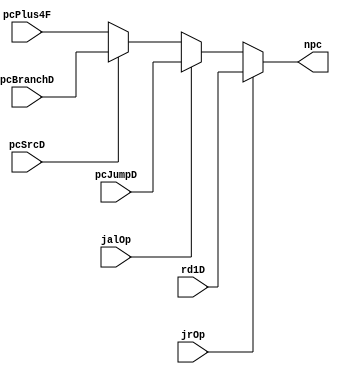
`timescale 1ns / 1ps
//////////////////////////////////////////////////////////////////////////////////
// Company: 
// Engineer: 
// 
// Design Name: 
// Module Name:    npc 
// Project Name: 
// Target Devices: 
// Tool versions: 
// Description: 
//
// Dependencies: 
//
// Revision: 
// Revision 0.01 - File Created
// Additional Comments: 
//
//////////////////////////////////////////////////////////////////////////////////
module npc(
    input [31:0] pcPlus4F,
    input [31:0] pcBranchD,
    input pcSrcD,
    input jalOp,
    input [31:0] pcJumpD,
    input jrOp,
    input [31:0] rd1D,
    output  [31:0] npc
    );
    assign npc = (jrOp == 1) ? rd1D :
	              (jalOp == 1) ? pcJumpD :
					  (pcSrcD == 1) ? pcBranchD : 
					  pcPlus4F;
endmodule